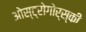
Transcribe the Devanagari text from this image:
ओस्ट्रोगोर्स्की